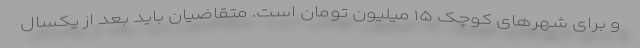
و برای شهرهای کوچک ۱۵ میلیون تومان است. متقاضیان باید بعد از یکسال